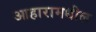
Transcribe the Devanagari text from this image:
आहारामधील